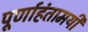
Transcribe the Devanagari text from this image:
पूर्णाहंतामयी